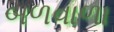
બળવાળા